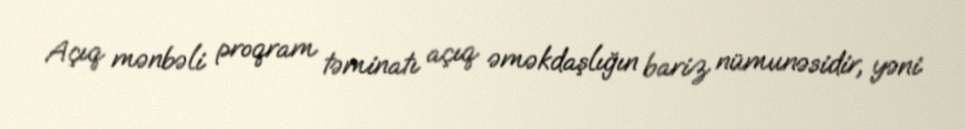
Açıq mənbəli proqram təminatı açıq əməkdaşlığın bariz nümunəsidir, yəni